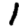
Digit: 1